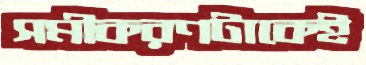
সমীকরণটাকেই